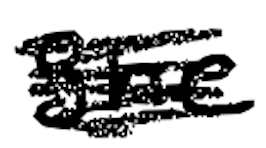
Text: She
Cross-out: mix
Writing tool: digital_black